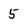
Character: 5